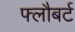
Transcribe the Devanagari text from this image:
फ्लौबर्ट